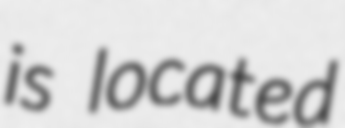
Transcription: is located